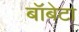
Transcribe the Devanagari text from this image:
बॉबेटा